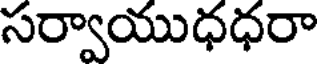
సర్వాయుధధరా